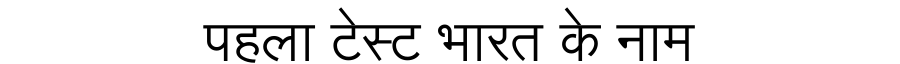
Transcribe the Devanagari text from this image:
पहला टेस्ट भारत के नाम